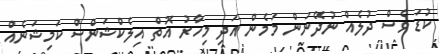
ކުޑަ ވެސް ދުލެއް ނުދޭނަން މަމެން އަދި މިހާރު އޮތް އިލެކްޝަންސް ކަމިޝަނެއް